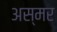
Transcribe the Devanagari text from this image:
अस्मर